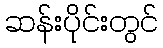
ဆန်းပိုင်းတွင်